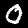
Label: 0